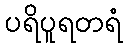
ပရိပူရတရံ